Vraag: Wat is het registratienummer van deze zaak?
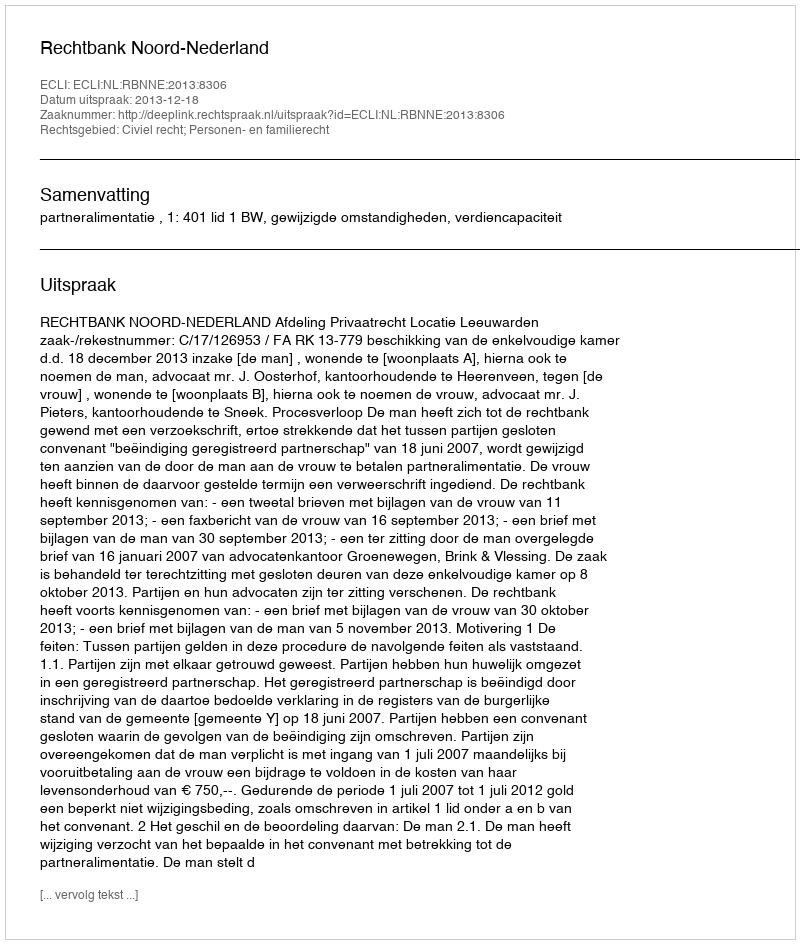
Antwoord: http://deeplink.rechtspraak.nl/uitspraak?id=ECLI:NL:RBNNE:2013:8306